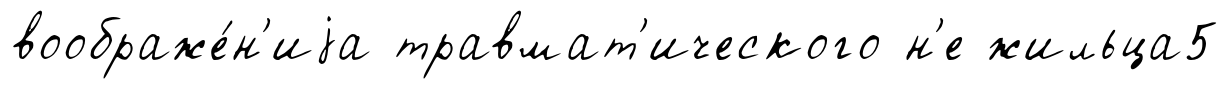
воображе́н'иjа травмат'ического н'е жильца5